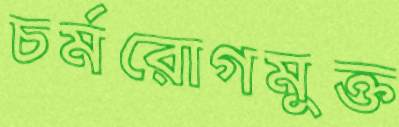
চর্মরোগমুক্ত